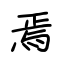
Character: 焉